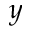
y